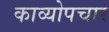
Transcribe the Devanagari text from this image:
काव्योपचार